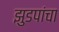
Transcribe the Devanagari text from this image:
झुडपांचा